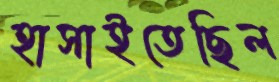
হাসাইতেছিল